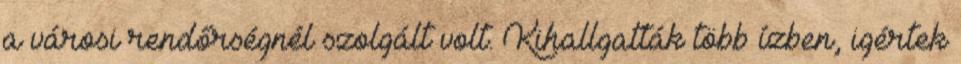
a városi rendőrségnél szolgált volt. Kihallgatták több ízben, igértek